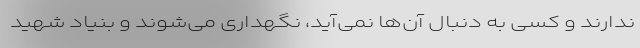
ندارند و کسی به دنبال آن‌ها نمی‌آید، نگهداری می‌شوند و بنیاد شهید